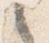
言